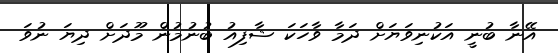
އޭނާ ބުނީ އަކުނިވަޔަށް ދަމާ ވާހަކަ ޝާފިއު ބުނުމުން މޫދަށް ދިޔަ ނުވަ